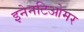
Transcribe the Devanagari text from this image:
इनेनटिओमर